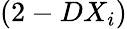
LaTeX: (2-DX_{i})